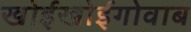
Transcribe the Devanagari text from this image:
खोईखोईगोवाब